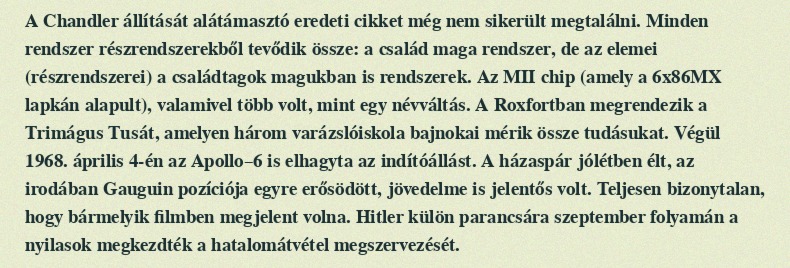
A Chandler állítását alátámasztó eredeti cikket még nem sikerült megtalálni. Minden rendszer részrendszerekből tevődik össze: a család maga rendszer, de az elemei (részrendszerei) a családtagok magukban is rendszerek. Az MII chip (amely a 6x86MX lapkán alapult), valamivel több volt, mint egy névváltás. A Roxfortban megrendezik a Trimágus Tusát, amelyen három varázslóiskola bajnokai mérik össze tudásukat. Végül 1968. április 4-én az Apollo–6 is elhagyta az indítóállást. A házaspár jólétben élt, az irodában Gauguin pozíciója egyre erősödött, jövedelme is jelentős volt. Teljesen bizonytalan, hogy bármelyik filmben megjelent volna. Hitler külön parancsára szeptember folyamán a nyilasok megkezdték a hatalomátvétel megszervezését.